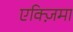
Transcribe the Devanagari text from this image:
एक्ज़िमा